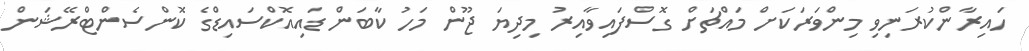
ހައިރާންކުރަނިވި މިންވަރަކަށް މައްޗަށް ގޮސްފައިވާއިރު މިދިޔަ ޖޫން މަހު ކާބަން ޑައިއޮކްސައިޑްގެ ކޮންސެންޓްރޭޝަން